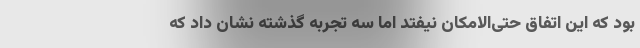
بود که این اتفاق حتی‌الامکان نیفتد اما سه تجربه گذشته نشان داد که